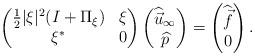
LaTeX: \begin{align*}\begin{pmatrix}\frac12|\xi|^{2}(I+\Pi_\xi) & \xi \\\xi^* & 0\end{pmatrix}\begin{pmatrix}\widehat{ \vec{u} }_\infty\\ \widehat{p}\end{pmatrix}=\begin{pmatrix}\widehat{ \vec{f} }\\ 0\end{pmatrix}.\end{align*}